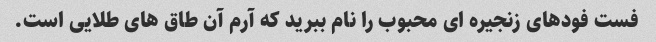
فست فودهای زنجیره ای محبوب را نام ببرید که آرم آن طاق های طلایی است.